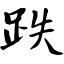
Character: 跌